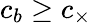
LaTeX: c_{b}\geq c_{\times}